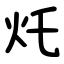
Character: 灹